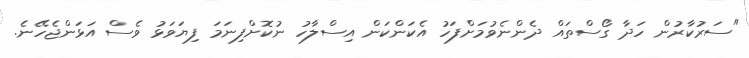
"ސަރުކާރުން ހަދާ ގޯސްތައް ދެންނެވުމަށްފަހު އެކަންކަން އިސްލާހު ނުކޮށްފިނަމަ ފިޔަވަޅު ވެސް އަޅަންޖެހޭނެ.